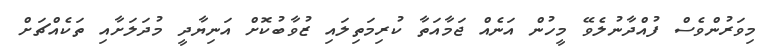
މިވަރުންވެސް ފުއްދާނުލެވޭ މީހުން އަނެއް ޖަމާއަތާ ކުރިމަތިލައި ޒުވާބުކޮށް އަނިޔާދީ މުދަލަށާއި ތަކެއްޗަށް